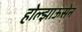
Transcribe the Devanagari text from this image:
होल्झाऊसेन